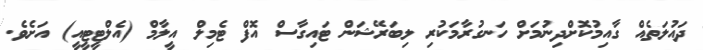
ދައުލަތެއް ގާއިމުކޮށްދިނުމަށް ހަނގުރާމަކުރި ލިބަރޭޝަން ޓައިގާސް އޮފް ޓެމިލް އީލާމް (އެލްޓީޓީއީ) އަށެވެ.